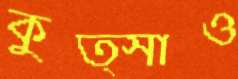
কুত্সাও